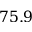
7 5 . 9